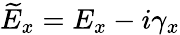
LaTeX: \widetilde{E}_{x}=E_{x}-i\gamma_{x}